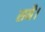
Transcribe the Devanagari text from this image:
सनै।